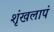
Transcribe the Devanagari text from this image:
शृंखलापं